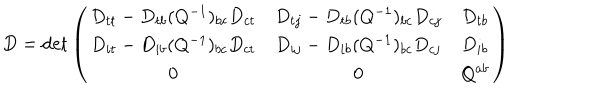
LaTeX: D = \det \left( \begin{array} { c c c } { { D _ { t t } - D _ { t b } ( Q ^ { - 1 } ) _ { b c } D _ { c t } } } & { { D _ { t j } - D _ { t b } ( Q ^ { - 1 } ) _ { b c } D _ { c j } } } & { { D _ { t b } } } \\ { { D _ { i t } - D _ { i b } ( Q ^ { - 1 } ) _ { b c } D _ { c t } } } & { { D _ { i j } - D _ { i b } ( Q ^ { - 1 } ) _ { b c } D _ { c j } } } & { { D _ { i b } } } \\ { { 0 } } & { { 0 } } & { { Q ^ { a b } } } \\ \end{array} \right)